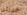
خزائن